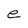
Character: e